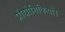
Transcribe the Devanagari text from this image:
प्रौद्योगिकियों।